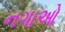
નગાઓ